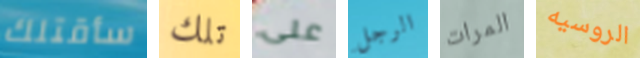
سأقتلك تلك على الرجل المرات الروسيه